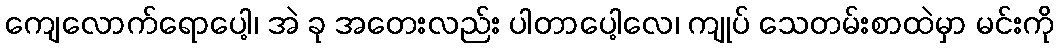
ကျေလောက်ရောပေါ့၊ အဲ ခု အတေးလည်း ပါတာပေါ့လေ၊ ကျုပ် သေတမ်းစာထဲမှာ မင်းကို